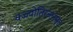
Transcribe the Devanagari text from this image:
यज्ज्योतिरन्तरमृतं